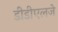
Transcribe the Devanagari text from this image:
डीडीएलजे